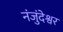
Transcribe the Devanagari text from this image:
नंजुंदेश्वर